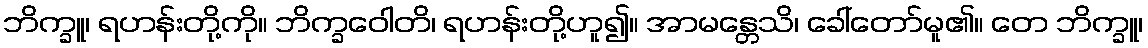
ဘိက္ခူ၊ ရဟန်းတို့ကို။ ဘိက္ခဝေါတိ၊ ရဟန်းတို့ဟူ၍။ အာမန္တေသိ၊ ခေါ်တော်မူ၏။ တေ ဘိက္ခူ၊